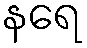
နရေ